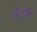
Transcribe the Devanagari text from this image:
ब्रेट्युए